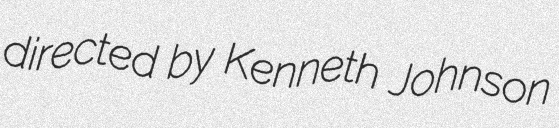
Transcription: directed by Kenneth Johnson